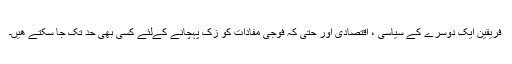
فریقین ایک دوسرے کے سیاسی ، اقتصادی اور حتی کہ فوجی مفادات کو زک پہچانے کےلئے کسی بھی حد تک جا سکتے ھیں۔